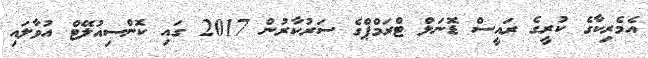
އެެމެރިކާގެ ކުރީގެ ރައީސް ޑޮނަލް ޓްރަމްޕްގެ ސަރުކާރުން 2017 ގައި ކޮންސިއުލޭޓް އުވާލައި